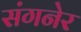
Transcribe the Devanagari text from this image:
संगनेर